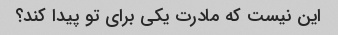
این نیست که مادرت یکی برای تو پیدا کند؟